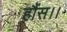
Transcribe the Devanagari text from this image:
हौंस।।